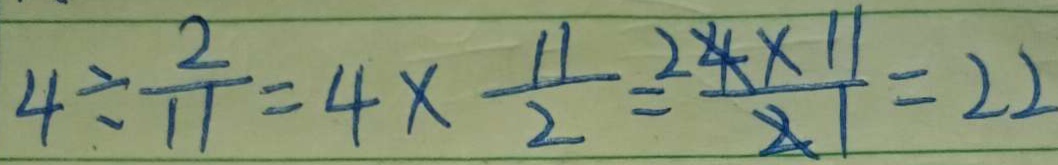
4 \div \frac { 2 } { 1 1 } = 4 \times \frac { 1 1 } { 2 } = \frac { 2 4 \times 1 1 } { 2 1 } = 2 2